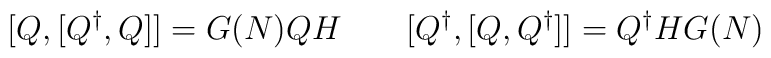
\bigl[Q, \bigl[Q^{\dagger},Q\bigr] \bigr] = G(N) Q H \qquad  \bigl[Q^{\dagger}, \bigl[Q,Q^{\dagger}\bigr] \bigr] = Q^{\dagger} H G(N)